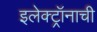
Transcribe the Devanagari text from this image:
इलेक्ट्रॉनाची